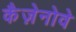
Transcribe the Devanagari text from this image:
कैज़ेनोवे